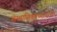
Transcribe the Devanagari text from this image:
संस्थानिकांच्यावरील